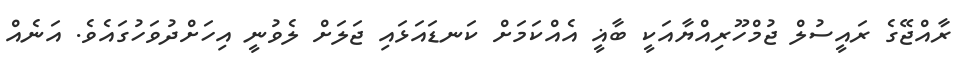
ރާއްޖޭގެ ރައީސުލް ޖުމްހޫރިއްޔާއަކީ ބާޣީ އެއްކަމަށް ކަނޑައަޅައި ޖަލަށް ލެވުނީ އިހަށްދުވަހުގައެވެ. އަނެއް